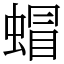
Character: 蝐